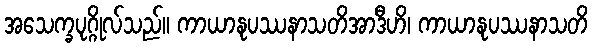
အသေက္ခပုဂ္ဂိုလ်သည်။ ကာယာနုပဿနာသတိအာဒီဟိ၊ ကာယာနုပဿနာသတိ